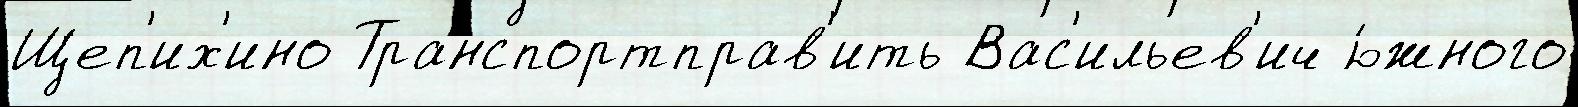
Щеп'их'ино Транспортправ'ить Вас'ильев'ич ю́жного